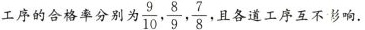
工序的合格率分别为\frac{9}{10}, \frac{8}{9}, \frac{7}{8} 各道工序互不影响，